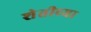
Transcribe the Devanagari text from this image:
शेतीच्‍या